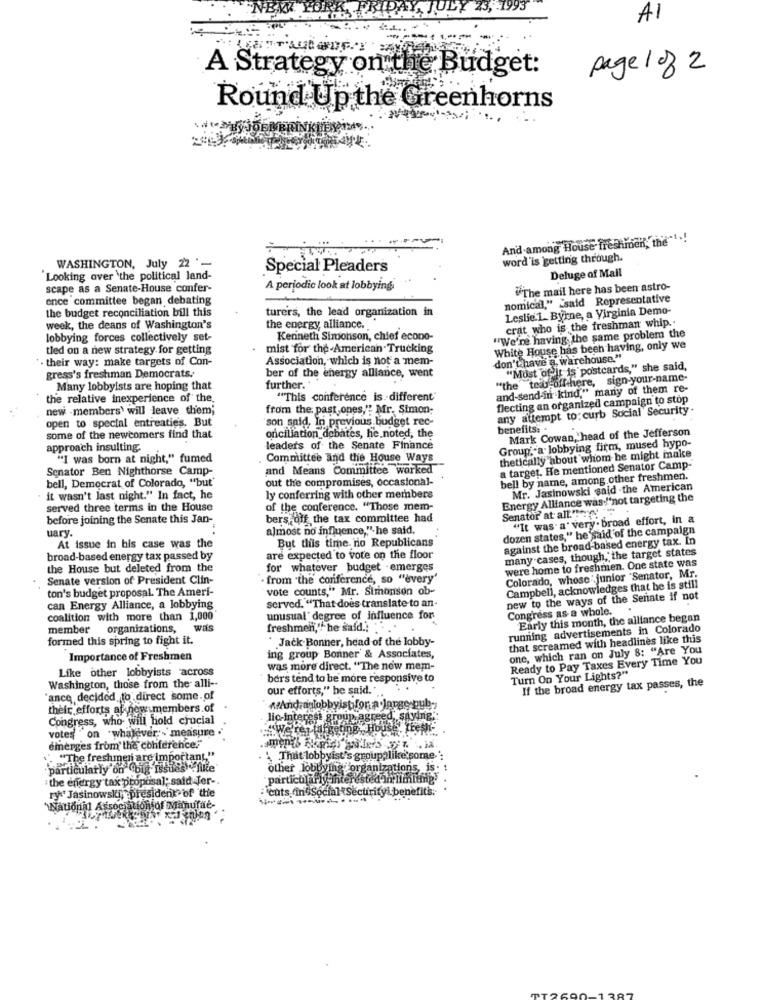
"NEW YORK PR
23, 1993
A1
A Strategy on the Budget:
page 1 of 2
Round
nd Up the Greenhorns
And among House freshmen, the
word'is getting through.
WASHINGTON, July 22 '-
Special Pleaders
Deluge of Mail
'Looking over 'the political land-
scape as a Senate-House confer-
A periodic look at lobbyingi
"The mail here has been astro-
ence committee began debating
nomical," said Representative
the budget reconciliation bill this
turers, the lead organization in
Leslie.1. Byrne, a Virginia Demo-
crat who is the freshman whip.
week, the deans of Washington's
the energy, alliance.
lobbying forces collectively set-
Kenneth Simonson, chief econo-
"We're having the same problem the
tied on a new strategy for getting
mist for the-American Trucking
White House has been having, only we
' . their way: make targets of Con-
Association, which is not a mem-
don't have a warehouse."
"""Most of it is postcards," she said,
gress's freshman Democrats,
ber of the energy alliance, went
"the teau offthere, sign-your-name-
Many lobbyists are hoping that
further."
and-send-in kind," many of them re-
the relative inexperience of the.
"This conference is different"
flecting an organized campaign to stop
new -members' will leave them;
from the past ones,"" Mr. Simon;
any attempt to: curb Social Security .
open to special entreaties. But
"son said, In previous budget rec-
benefits :-
Mark Cowan, head of the Jefferson
some of the newcomers find that
onciliation debates, he noted, the
approach insulting.
leaders of the Senate Finance
Group; a lobbying firm, mused hypo-
"I was born at night," fumed
Committee and the House Ways
thetically about whom he might make
Senator Ben Nighthorse Camp-
and Means Committee worked
a target. He mentioned Senator Camp-
bell, Democrat of Colorado, "but'
out the compromises, occasional-
bell by name, among other freshmen.
Mr. Jasinowski said .the American
" it wasn't last night." In fact, he
ly conferring with other members
Energy Alliance was:'not targeting the
served three terms in the House
of the conference. "Those mem-
Senator at all."
before joining the Senate this Jan-
bers off the tax committee had
"It was a very . broad effort, in a
uary.
almost no influence," he said.
dozen states," he said of the campaign
But this time. nio Republicans
against the broad-based energy tax. In
At issue in his case was the
many cases, though, the target states
broad-based energy tax passed by
are expected to vote on the floor
were home to freshmen. One state was
the House but deleted from the
for whatever budget .emerges
Senate version of President Clin-
. from "the conference, so "every'
Colorado, whose junior "Senator, Mr.
ton's budget proposal. The Ameri-
vote counts," Mr. Simonsen ob-
Campbell, acknowledges that be is still
new to the ways of the Senate if not
can Energy Alliance, a lobbying
served. "That does translate to an
Congress as a whole.
.
coalition with more than 1,000
unusual degree of influence for
Early this month, the alliance began
member
organizations,
was
freshmen," he said.) .
running advertisements in Colorado
formed this spring to fight it.
* Jack Bonner, head of the lobby-
that screamed with headlines like this
one, which ran on July 8: "Are You
Importance of Freshmen
ing group Bonner & Associates,
Ready to Pay Taxes Every Time You
Like other lobbyists across
was more direct. "The new mem-
bers tend to be more responsive to
Turn On Your Lights?"
If the broad energy tax passes, the
Washington, those from the alli --
our efforts," he said."
'ance decided to direct some. of
their efforts at new members.of
#Andraslobbyistfor. a.Jorge gub-
Congress, who will hold crucial
sed saying.
votes "on "whatever. - measure
"We're
lic-interest groupvass
emerges from' the conference?"
. "The freshmen are important."
' That lobbyist's groupalike some
particularly on big issues .fike
other lobbyme organizations, i
: the energy tax proposal; said Jer -.
particularly interested In limit
ry:' Jasinowski, president of the
· cuts in Social Securityi.bene
WNational Association of Manufac-